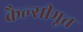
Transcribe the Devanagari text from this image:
कैल्सीभूत